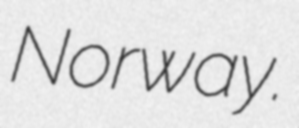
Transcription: Norway.